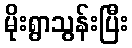
မိုးရွာသွန်းပြီး